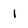
Character: 1